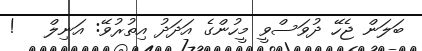
ބަލަން ޖެހޭ ދުވަސްވީ މީހުންގެ އަދަދު އިތުރުވޭ: އަނިލް   !